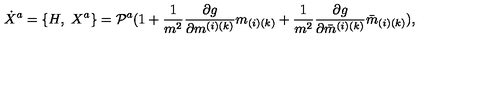
{ \dot { X } } ^ { a } = \{ H , \ X ^ { a } \} = { \cal P } ^ { a } ( 1 + { \frac { 1 } { m ^ { 2 } } } { \frac { \partial g } { \partial m ^ { ( i ) ( k ) } } } m _ { ( i ) ( k ) } + { \frac { 1 } { m ^ { 2 } } } { \frac { \partial g } { \partial { \bar { m } } ^ { ( i ) ( k ) } } } { \bar { m } } _ { ( i ) ( k ) } ) ,